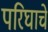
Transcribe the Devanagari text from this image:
परिघाचे